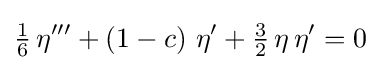
{\tfrac {1}{6}}\,\eta '''+\left(1-c\right)\,\eta '+{\tfrac {3}{2}}\,\eta \,\eta '=0